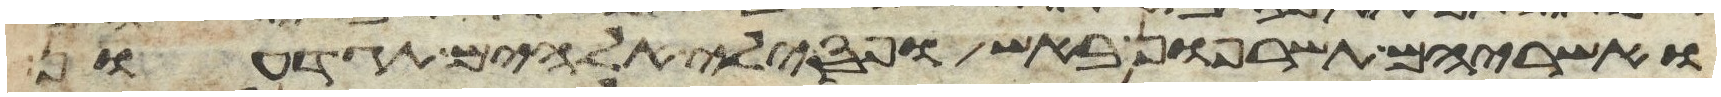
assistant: ואשריהם תשרפון באש ופסילי אלהיהם תגדעון